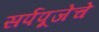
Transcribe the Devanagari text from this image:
सर्पपूजेचे